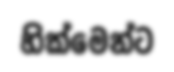
හික්මෙන්ට